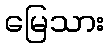
မြေသား